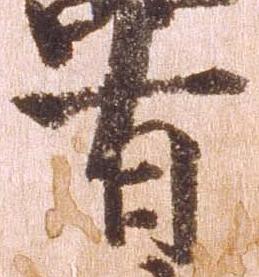
有